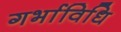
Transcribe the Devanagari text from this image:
गर्भाविधि